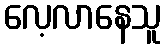
လေ့လာနေသူ